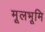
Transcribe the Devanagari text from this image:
मूलभूमि